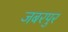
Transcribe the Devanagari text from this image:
जबरपुर